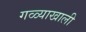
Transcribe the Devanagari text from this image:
गळ्याखाली